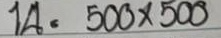
14 = 500 x 500